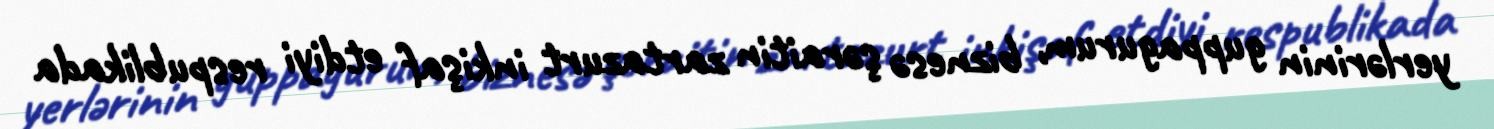
yerlərinin guppagurum, biznesə şəraitin zartazurt inkişaf etdiyi respublikada